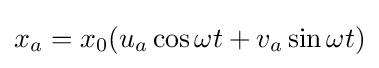
x_{a}=x_{0}(u_{a}\cos \omega t+v_{a}\sin \omega t)